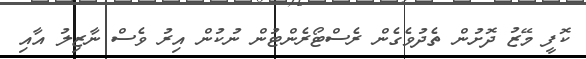
ކޮފީ މޭޒު ދޮށުން ތެދުވެގެން ރެސްޓޯރެންޓުން ނުކުން އިރު ވެސް ނާޒިލު އާއި